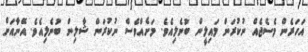
އަހަރެން މެސެޖެއް ނުކުރަން މައިލީން ބުނެލިއެވެ. މަށެއްވެސް ނުކުރަން ޝާލިން ބުނެލިއެވެ. އޭނާއަށް